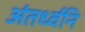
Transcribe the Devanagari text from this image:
अंतर्ध्वनि